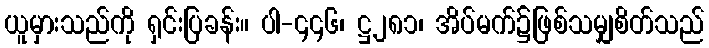
ယူမှားသည်ကို ရှင်းပြခန်း။ ပါ-၄၄၆၊ ဋ္ဌ၂၈၁၊ အိပ်မက်၌ဖြစ်သမျှစိတ်သည်